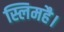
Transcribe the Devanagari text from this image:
स्लिमहै।